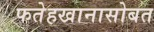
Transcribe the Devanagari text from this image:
फतेहखानासोबत